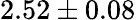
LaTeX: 2.52\pm 0.08